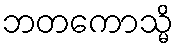
ဘတကောသ္မိ